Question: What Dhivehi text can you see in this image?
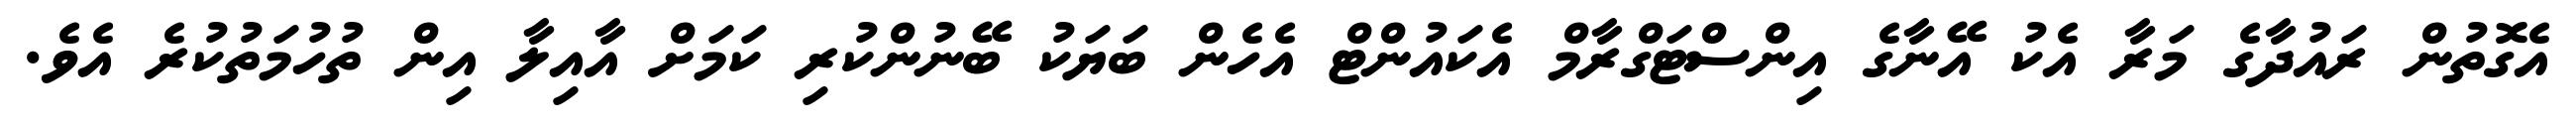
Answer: އެގޮތުން ރައުދާގެ މަރާ އެކު އޭނާގެ އިންސްޓަގްރާމް އެކައުންޓް އެހެން ބަޔަކު ބޭނުންކުރި ކަމަށް އާއިލާ އިން ތުހުމަތުކުރެ އެވެ.